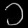
Digit: ၁